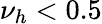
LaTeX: \nu_{h}<0.5